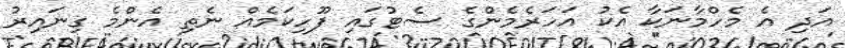
އަދި އެ މެހްމާނަކާ އެކު އަހަރެމެންގެ ސެޓުގައި ފޫހިކަމެއް ނެތި އެންމެ ގިނައިރު